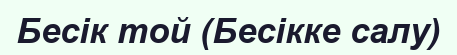
Бесік той (Бесікке салу)